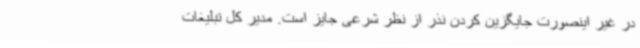
در غیر اینصورت جایگزین کردن نذر از نظر شرعی جایز است. مدیر کل تبلیغات